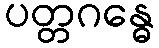
ပတ္တဂန္ဓေ